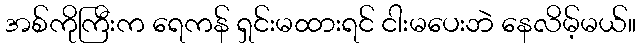
အစ်ကိုကြီးက ရေကန် ရှင်းမထားရင် ငါးမပေးဘဲ နေလိမ့်မယ်။